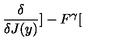
\frac { \delta } { \delta J ( y ) } ] - F ^ { \gamma } [